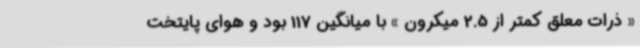
« ذرات معلق کمتر از 2.5 میکرون » با میانگین 117 بود و هوای پایتخت